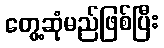
တွေ့ဆုံမည်ဖြစ်ပြီး